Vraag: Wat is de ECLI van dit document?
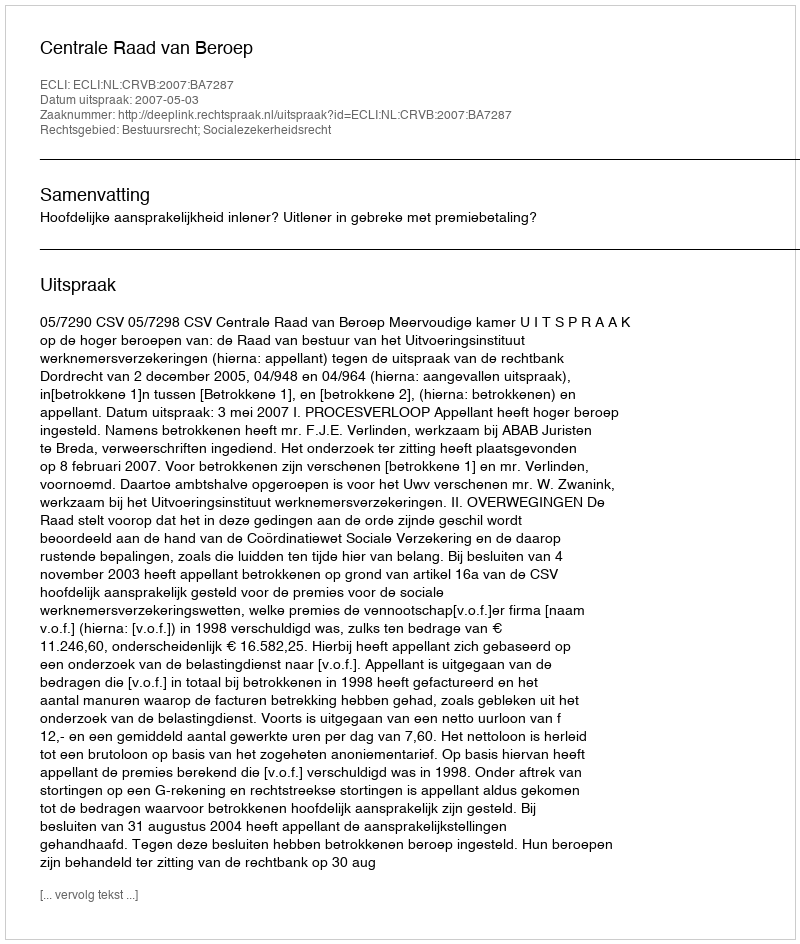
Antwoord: ECLI:NL:CRVB:2007:BA7287